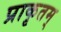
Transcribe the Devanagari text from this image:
प्राकृतम्